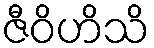
ဇီဝိဟိသိ